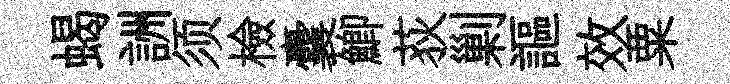
蝎詶须檢囊鯽荻剿謳效粟